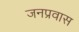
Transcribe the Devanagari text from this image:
जनप्रवास